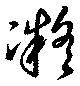
凝